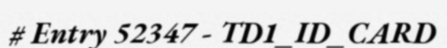
# Entry 52347 - TD1_ID_CARD